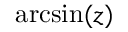
\arcsin ( z )